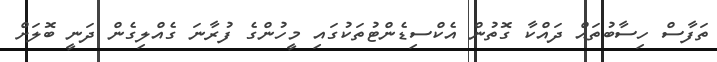
ތަފާސް ހިސާބުތައް ދައްކާ ގޮތުން އެކްސިޑެންޓުތަކުގައި މީހުންގެ ފުރާނަ ގެއްލިގެން ދަނީ ބޮލަށް